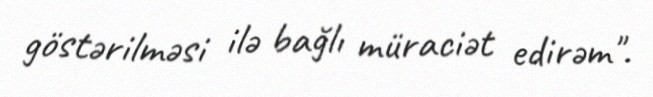
göstərilməsi ilə bağlı müraciət edirəm".